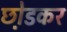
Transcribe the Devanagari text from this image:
छो़डकर